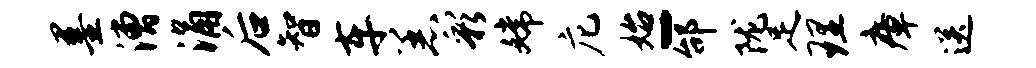
墨漕涌后智车恙彩嫦庀始-邰陇足理瘴送